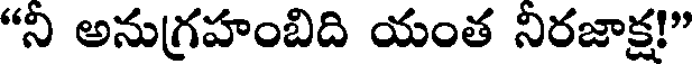
"ని అనుగ్రహంబిది యంత నిరజాక్ష!"